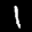
Label: 1